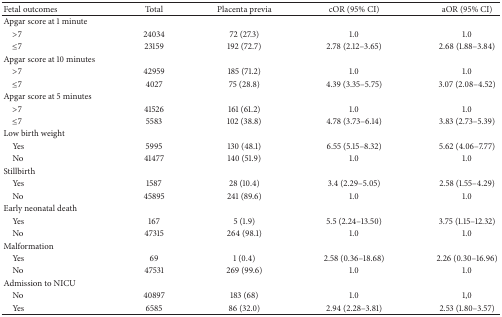
<table><thead><tr><td><b>Fetal outcomes</b></td><td><b>Total</b></td><td><b>Placenta previa</b></td><td><b>cOR (95% CI)</b></td><td><b>aOR (95% CI)</b></td></tr></thead><tbody><tr><td>Apgar score at 1 minute</td><td> </td><td> </td><td> </td><td> </td></tr><tr><td> &gt;7</td><td>24034</td><td>72 (27.3)</td><td>1.0</td><td>1.0</td></tr><tr><td> ≤7</td><td>23159</td><td>192 (72.7)</td><td>2.78 (2.12–3.65)</td><td>2.68 (1.88–3.84)</td></tr><tr><td>Apgar score at 10 minutes</td><td> </td><td> </td><td> </td><td> </td></tr><tr><td> &gt;7</td><td>42959</td><td>185 (71.2)</td><td>1.0</td><td>1.0</td></tr><tr><td> ≤7</td><td>4027</td><td>75 (28.8)</td><td>4.39 (3.35–5.75)</td><td>3.07 (2.08–4.52)</td></tr><tr><td>Apgar score at 5 minutes</td><td> </td><td> </td><td> </td><td> </td></tr><tr><td> &gt;7</td><td>41526</td><td>161 (61.2)</td><td>1.0</td><td>1.0</td></tr><tr><td> ≤7</td><td>5583</td><td>102 (38.8)</td><td>4.78 (3.73–6.14)</td><td>3.83 (2.73–5.39)</td></tr><tr><td>Low birth weight</td><td> </td><td> </td><td> </td><td> </td></tr><tr><td> Yes</td><td>5995</td><td>130 (48.1)</td><td>6.55 (5.15–8.32)</td><td>5.62 (4.06–7.77)</td></tr><tr><td> No</td><td>41477</td><td>140 (51.9)</td><td>1.0</td><td>1.0</td></tr><tr><td>Stillbirth</td><td> </td><td> </td><td> </td><td> </td></tr><tr><td> Yes</td><td>1587</td><td>28 (10.4)</td><td>3.4 (2.29–5.05)</td><td>2.58 (1.55–4.29)</td></tr><tr><td> No</td><td>45895</td><td>241 (89.6)</td><td>1.0</td><td>1.0</td></tr><tr><td>Early neonatal death</td><td> </td><td> </td><td> </td><td> </td></tr><tr><td> Yes</td><td>167</td><td>5 (1.9)</td><td>5.5 (2.24–13.50)</td><td>3.75 (1.15–12.32)</td></tr><tr><td> No</td><td>47315</td><td>264 (98.1)</td><td>1.0</td><td>1.0</td></tr><tr><td>Malformation</td><td> </td><td> </td><td> </td><td> </td></tr><tr><td> Yes</td><td>69</td><td>1 (0.4)</td><td>2.58 (0.36–18.68)</td><td>2.26 (0.30–16.96)</td></tr><tr><td> No</td><td>47531</td><td>269 (99.6)</td><td>1.0</td><td>1.0</td></tr><tr><td>Admission to NICU</td><td> </td><td> </td><td> </td><td> </td></tr><tr><td> No</td><td>40897</td><td>183 (68)</td><td>1.0</td><td>1,0</td></tr><tr><td> Yes</td><td>6585</td><td>86 (32.0)</td><td>2.94 (2.28–3.81)</td><td>2.53 (1.80–3.57)</td></tr></tbody></table>